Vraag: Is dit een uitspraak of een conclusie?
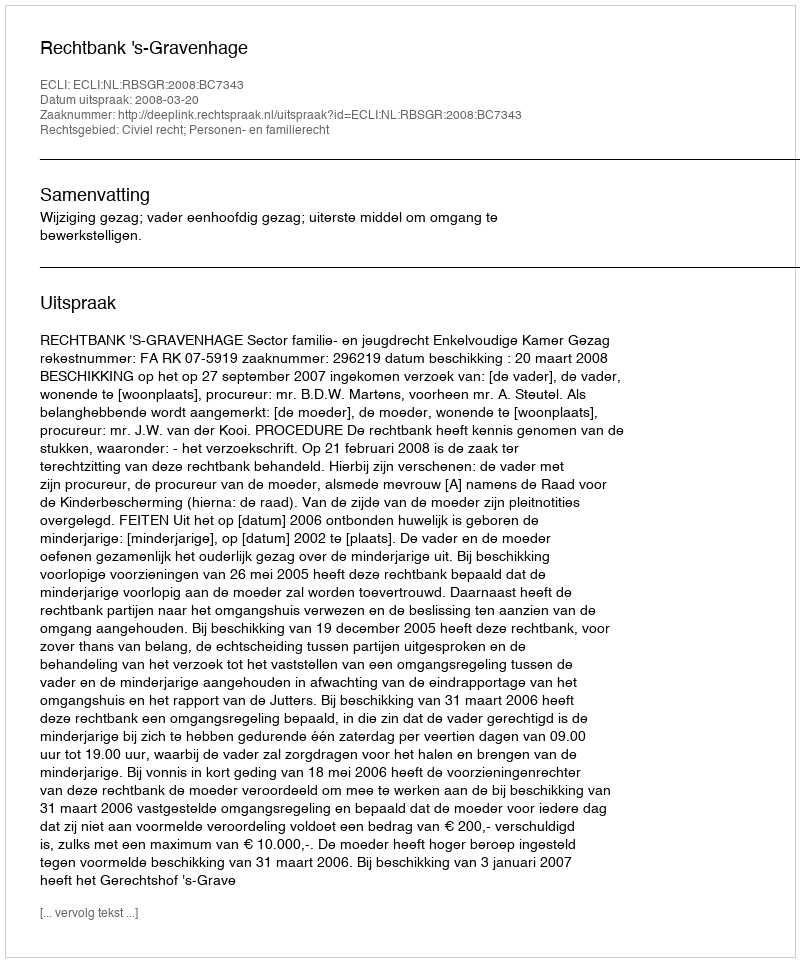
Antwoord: Uitspraak